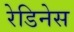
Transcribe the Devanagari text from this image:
रेडिनेस